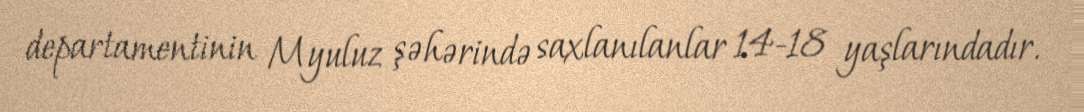
departamentinin Myuluz şəhərində saxlanılanlar 14-18 yaşlarındadır.